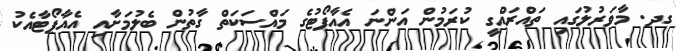
ގދ. މާވަރުލުގައި ތައްރައްގީ ކުރަމުން އަންނަ އެއާޕޯޓުގެ މައްސަކަތް ގާތުން ބެލުމަށާއި އެއާޕޯޓާއެކު